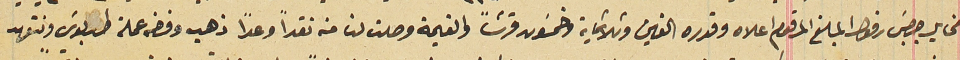
مخايل جرجسَ رفول المبلغ المرقوم اعلاه وقدره الفين وثلاثماية وخمسَون قرشاً والقيمة وصلت لنا منه نقداً وعداً ذهب وفضه عملة طرابلوسَ ونتعهد